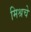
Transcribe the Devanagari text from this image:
मिश्रचे